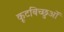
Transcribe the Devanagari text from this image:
कूटबिच्छुओं